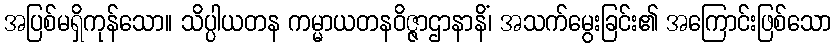
အပြစ်မရှိကုန်သော။ သိပ္ပါယတန ကမ္မာယတနဝိဇ္ဇာဌာနာနိံ၊ အသက်မွေးခြင်း၏ အကြောင်းဖြစ်သော